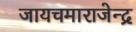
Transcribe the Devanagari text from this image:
जायचमाराजेन्द्र